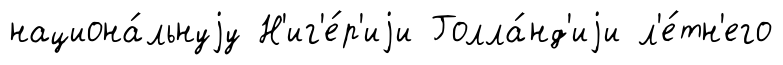
национа́льнуjу Н'иг'е́р'иjи Голла́нд'иjи л'е́тн'его